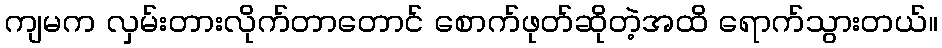
ကျမက လှမ်းတားလိုက်တာတောင် စောက်ဖုတ်ဆိုတဲ့အထိ ရောက်သွားတယ်။